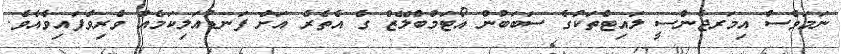
ނަމަވެސް އިމަރޖެންސީ ލައިޓްތަކުގެ ސަބަބުން އޯޓަމްބްލޭޒް ގެ އެތެރެ އަށް ފަނޑުއަލިކަމެއް ވެރިވެފައިވެއެވެ.